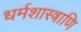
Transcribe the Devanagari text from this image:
धर्मशास्त्राणि